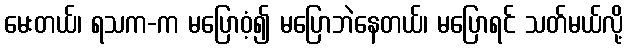
မေးတယ်၊ ရသက-က မပြောဝံ့၍ မပြောဘဲနေတယ်၊ မပြောရင် သတ်မယ်လို့